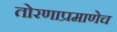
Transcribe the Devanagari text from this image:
तोरणाप्रमाणेच